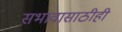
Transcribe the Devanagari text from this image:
सभावासाठीही